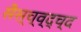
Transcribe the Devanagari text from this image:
सैस्च्व्द्च्द